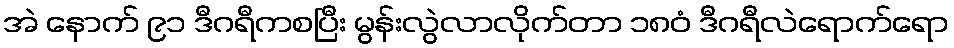
အဲ နောက် ၉၁ ဒီဂရီကစပြီး မွန်းလွဲလာလိုက်တာ ၁၈၀ံ ဒီဂရီလဲရောက်ရော